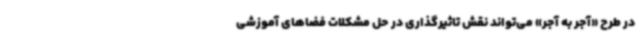
در طرح «آجر به آجر» می‌تواند نقش تاثیرگذاری در حل مشکلات فضاهای آموزشی